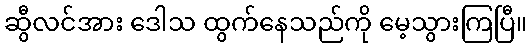
ဆွီလင်အား ဒေါသ ထွက်နေသည်ကို မေ့သွားကြပြီ။